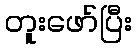
တူးဖော်ပြီး